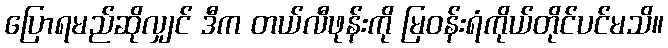
ပြောရမည်ဆိုလျှင် ဒီက တယ်လီဖုန်းကို မြဝန်းရံကိုယ်တိုင်ပင်မသိ။